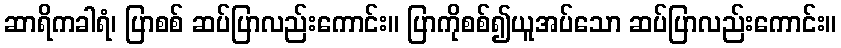
ဆာရိကခါရံ၊ ပြာစစ် ဆပ်ပြာလည်းကောင်း။ ပြာကိုစစ်၍ယူအပ်သော ဆပ်ပြာလည်းကောင်း။